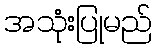
အသုံးပြုမည်